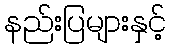
နည်းပြများနှင့်